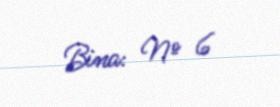
Bina: № 6